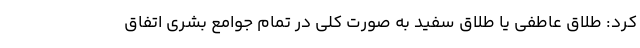
کرد: طلاق عاطفی یا طلاق سفید به صورت کلی در تمام جوامع بشری اتفاق